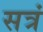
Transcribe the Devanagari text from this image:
सत्रं